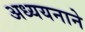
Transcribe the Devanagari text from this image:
अध्ययनाने